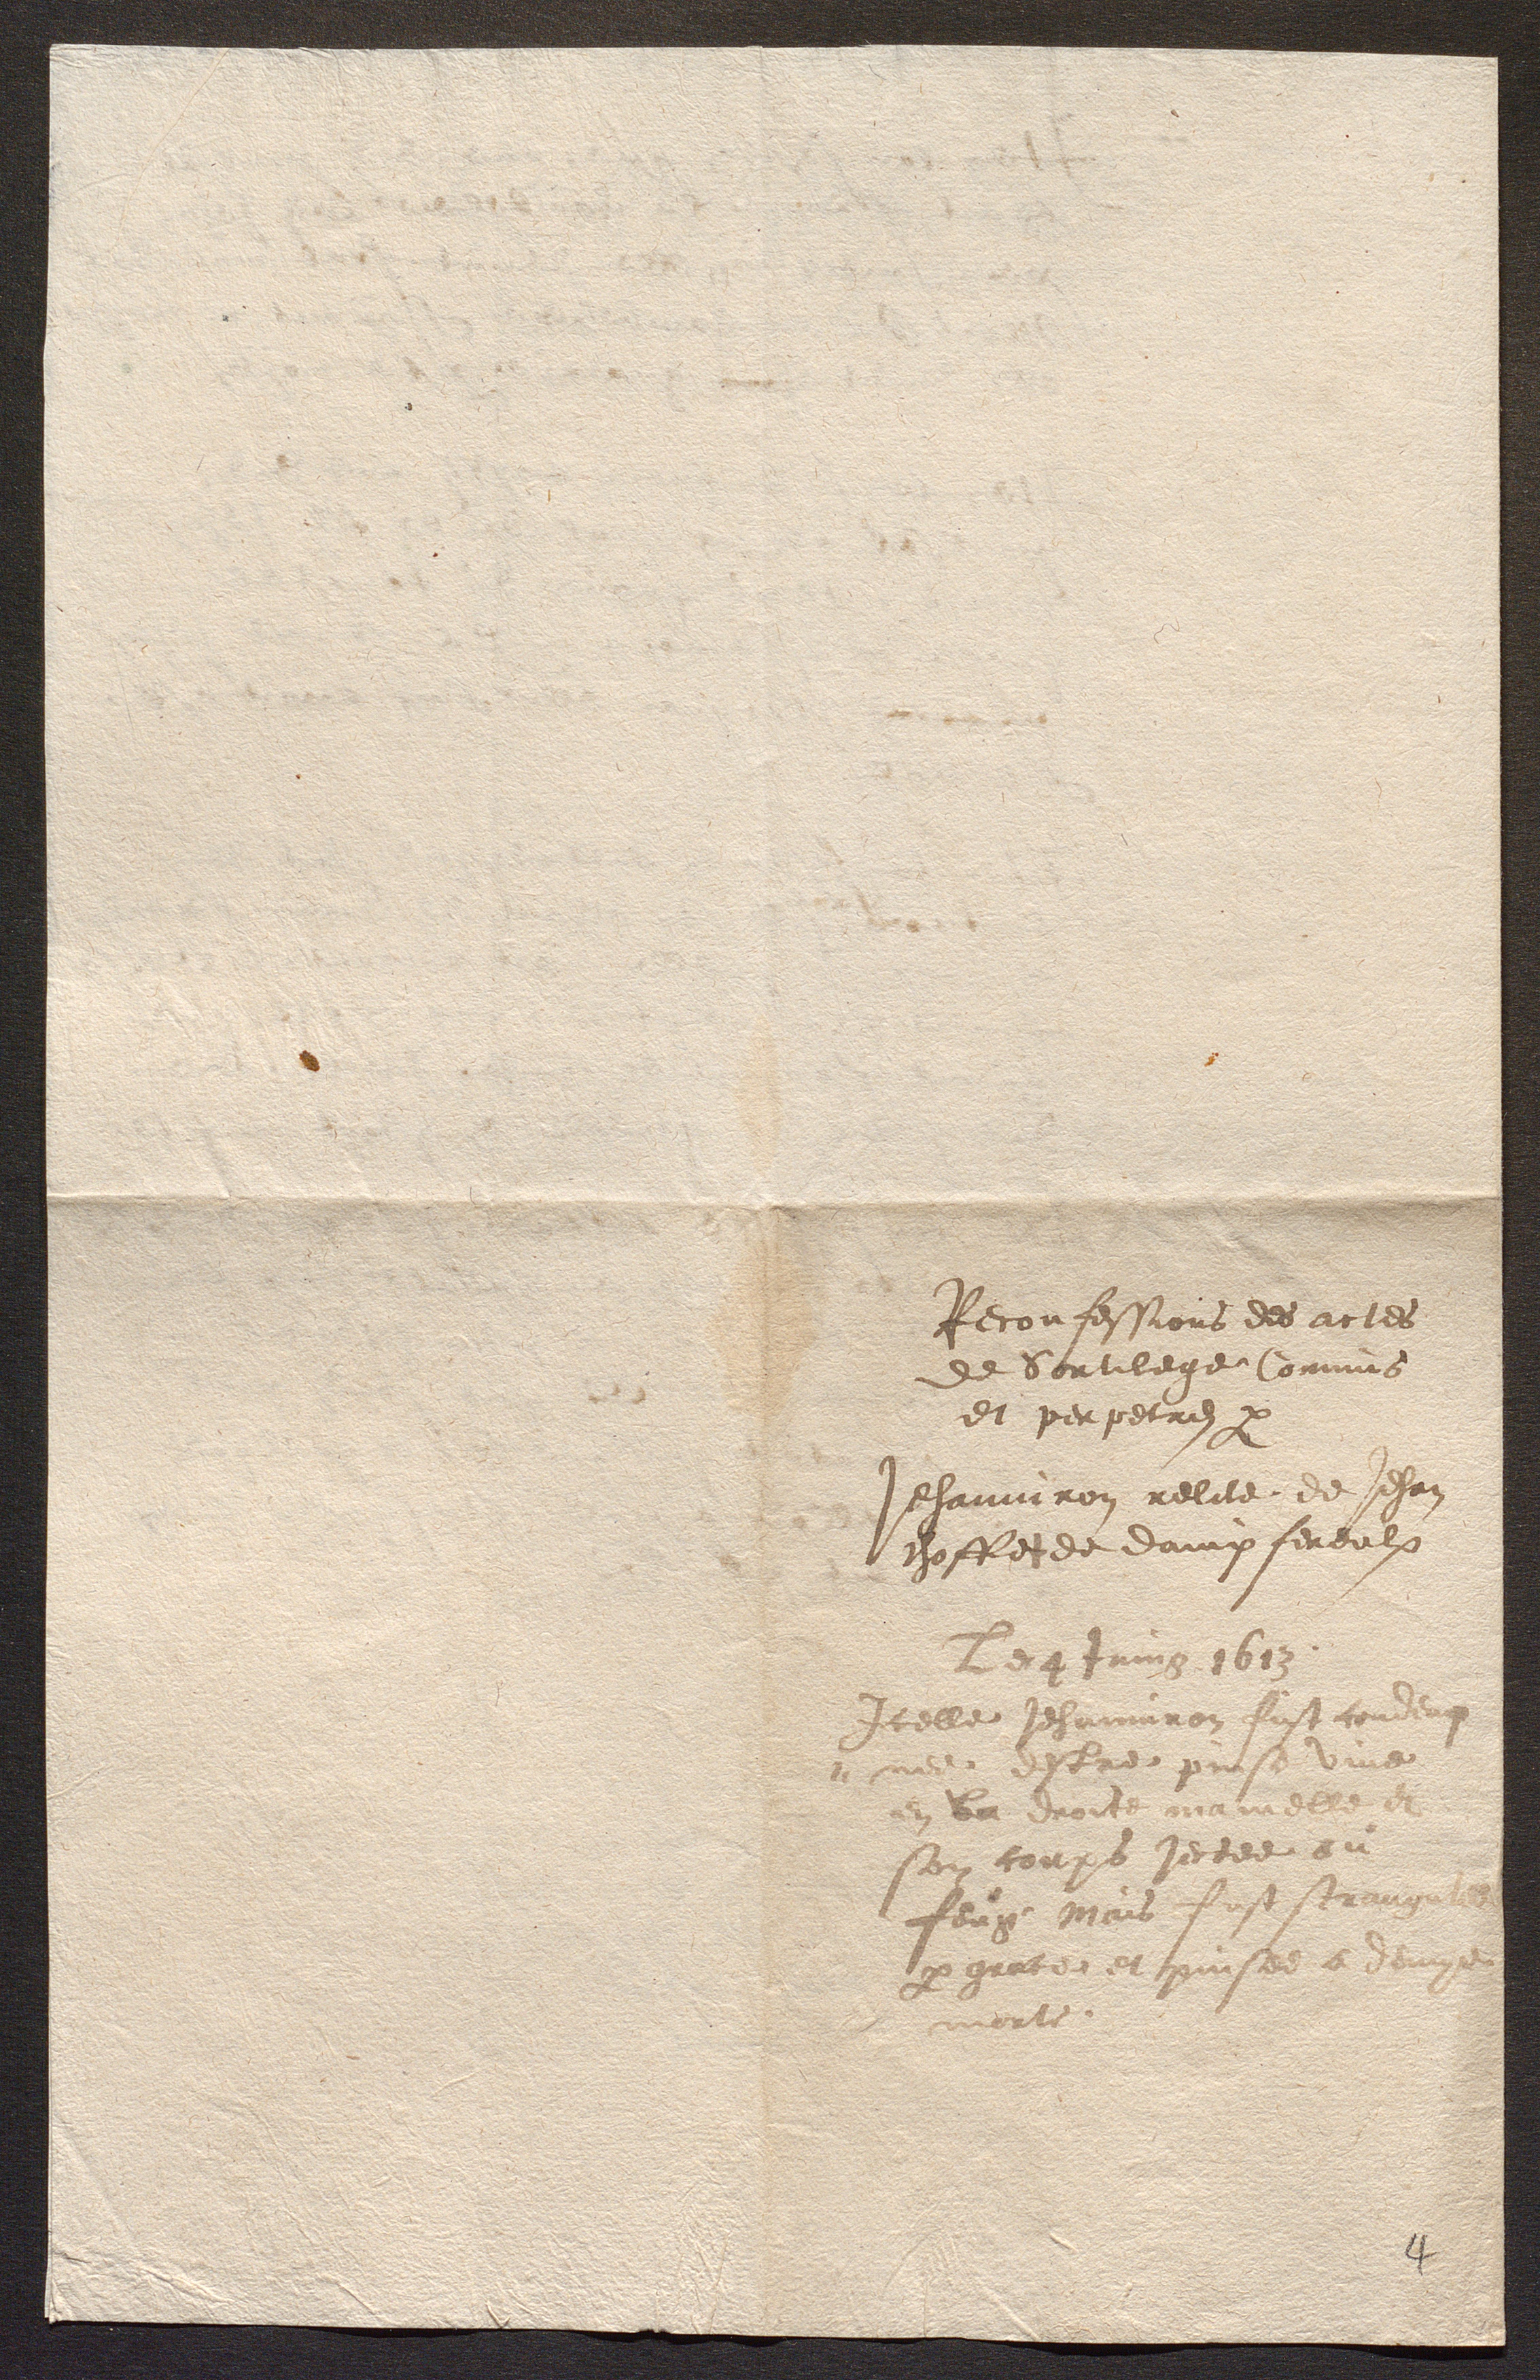
Reconfessions des actes
de Sortilege Commis
et perpetrez par
Jehanniron relite de Jehan
choffes de dampfereulx
B4 Jaing 1613
Icelle Jehanninon fut condeu
ree desbrde preson vi
en her doit dumedere fe
son toups jectee ou
feuy pais fest sereig
par gratee et rises e Varge
merte